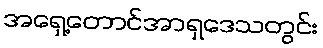
အရှေ့တောင်အာရှဒေသတွင်း